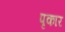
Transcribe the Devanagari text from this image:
पृकार